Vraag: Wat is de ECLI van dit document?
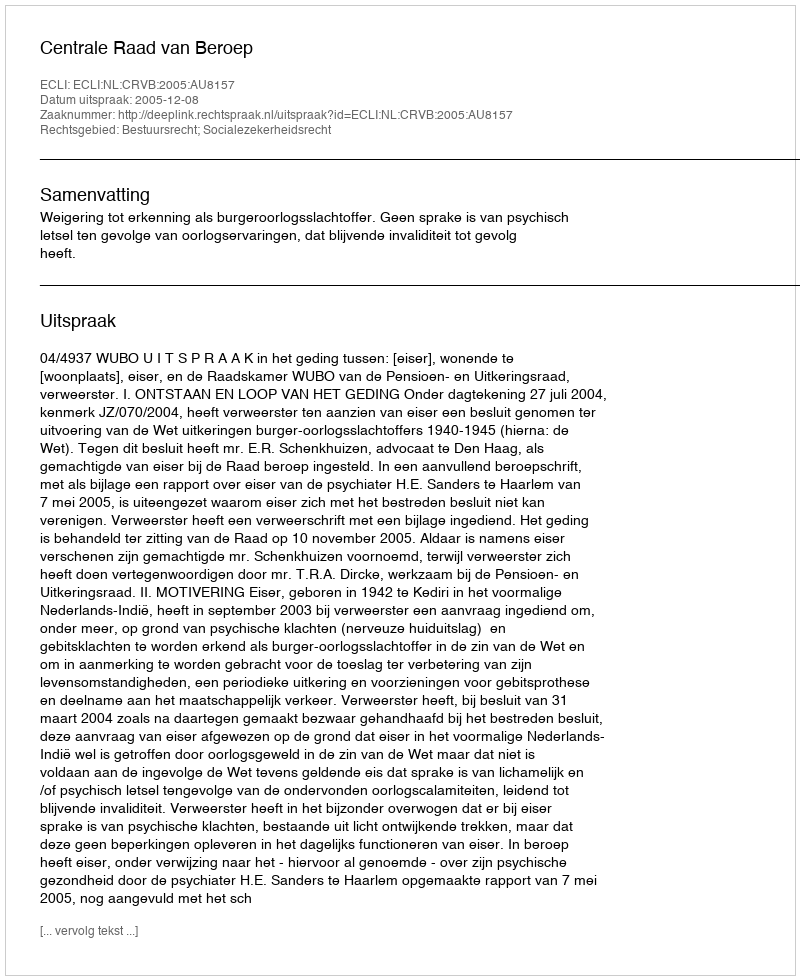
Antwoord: ECLI:NL:CRVB:2005:AU8157